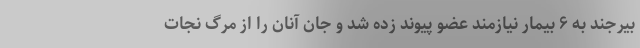
بیرجند به ۶ بیمار نیازمند عضو پیوند زده شد و جان آنان را از مرگ نجات